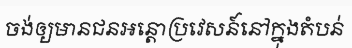
ចង់ឲ្យមានជនអន្តោប្រវេសន៍នៅក្នុងតំបន់